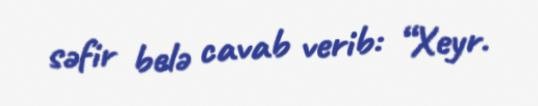
səfir belə cavab verib: “Xeyr.